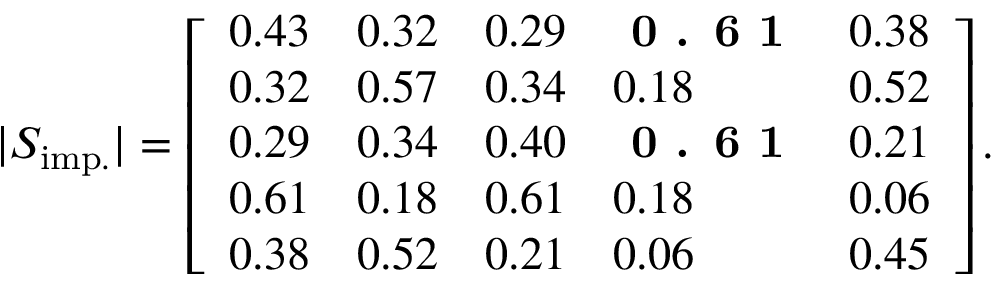
| S _ { \mathrm { i m p . } } | = \left[ \begin{array} { l l l l l } { { 0 . 4 3 } } & { { 0 . 3 2 } } & { { 0 . 2 9 } } & { \textbf { 0 . 6 1 } } & { { 0 . 3 8 } } \\ { { 0 . 3 2 } } & { { 0 . 5 7 } } & { { 0 . 3 4 } } & { { 0 . 1 8 } } & { { 0 . 5 2 } } \\ { { 0 . 2 9 } } & { { 0 . 3 4 } } & { { 0 . 4 0 } } & { \textbf { 0 . 6 1 } } & { { 0 . 2 1 } } \\ { { 0 . 6 1 } } & { { 0 . 1 8 } } & { { 0 . 6 1 } } & { { 0 . 1 8 } } & { { 0 . 0 6 } } \\ { { 0 . 3 8 } } & { { 0 . 5 2 } } & { { 0 . 2 1 } } & { { 0 . 0 6 } } & { { 0 . 4 5 } } \end{array} \right] .